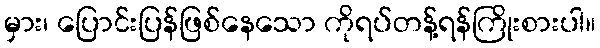
မှား၊ ပြောင်းပြန်ဖြစ်နေသော ကိုရပ်တန့်ရန်ကြိုးစားပါ။